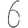
Digit: 6